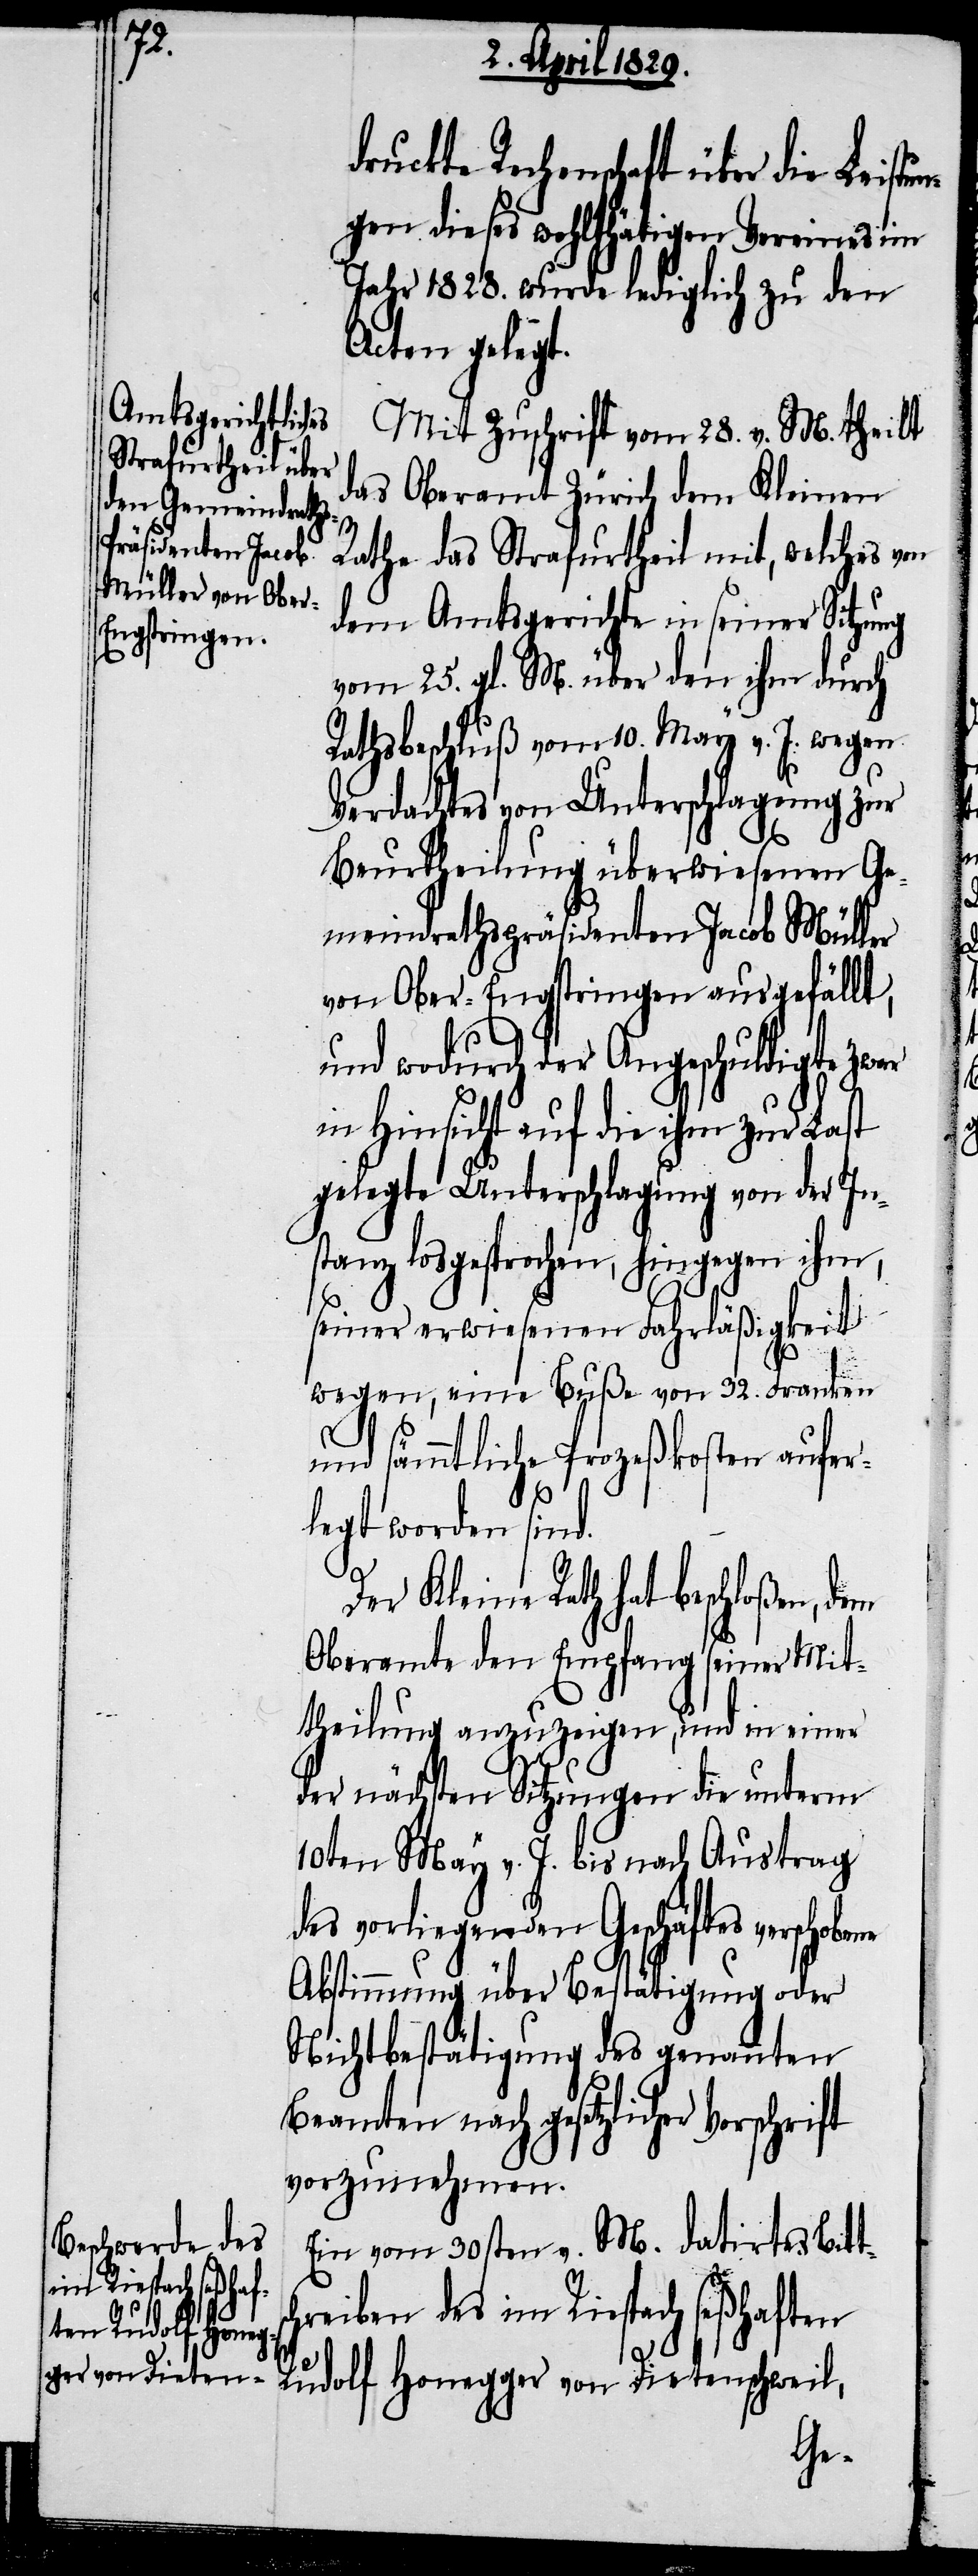
druckte Rechenschaft über die Leistu¬
ngen dieses wohlthätigen Vereines im
Jahr 1828. wurde lediglich zu den
Acten gelegt.
Mit Zuschrift vom 28. v. M. theilt
das Oberamt Zürich dem Kleinen
Rathe das Strafurtheil mit, welches von
dem Amtsgerichte in seiner Sitzung
vom 25. gl. M. über den ihm durch
Rathsbeschluß vom 10. May v. J. wegen
Verdachtes von Unterschlagung zur
Beurtheilung überwiesenen Ge¬
meindrathspräsidenten Jacob Müller
von Ober-Engstringen ausgefällt,
und wodurch der Angeschuldigte zwar
in Hinsicht auf die ihm zur Last
gelegte Unterschlagung von der In¬
stanz losgesprochen, hingegen ihm,
seiner erwiesenen Fahrläßigkeit
wegen, eine Buße von 32. Franken
und sämmtliche Prozeßkosten aufer¬
s¬
legt worden sind.
Kleine Rath hat beschloßen, dem
Oberamte den Empfang seiner Mit¬
theilung anzuzeigen, und in einer
der nächsten Sitzungen die unterm
10ten May v. J. bis nach Austrag
des vorliegenden Geschäftes verschobene
Abstimmung über Bestätigung oder
Nichtbestätigung des genannten
Beamten nach gesetzlicher
vorzunehmen.
Ein vom 30sten v. M. datirtes Bitt¬
chreiben des im Riespach seßhaften
Rudolf Honegger von Dietenschweil,